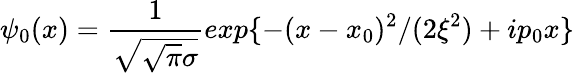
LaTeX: \psi_{0}(x)=\frac{1}{\sqrt{\sqrt{\pi}\sigma}}exp\{ -(x-x_{0})^{2}/(2\xi^{2})+ip_{0}x\}